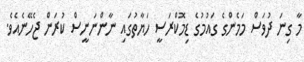
މާ ގިނަ ދުވަސް މަމެންގެ ގައުމުގެ ޑިމޮކްރަސީ ހަޔާތުގައި ނާންނަނީސް ކުރަން ޖެހޭނެއެވެ.